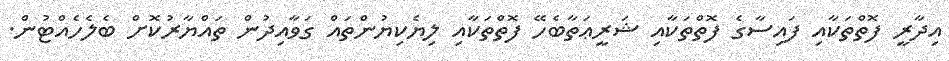
އިދާރީ ފޮތްތަކާއި ފައިސާގެ ފޮތްތަކާއި ޝަރީޢަތާބެހޭ ފޮތްތަކާއި ލިޔެކިޔުންތައް ގަވާއިދުން ތައްޔާރުކޮށް ބެލެހެއްޓުން.